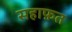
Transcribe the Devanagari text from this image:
सहाफ़त